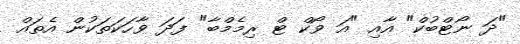
"ދަ ނޯޓްބުކް" އާއި "އަ ވޯކް ޓް ރިމެމްބާ" ފަދަ ވާހަކަތަކުން އެތައް